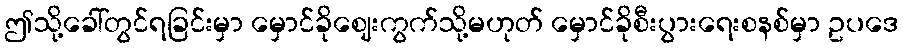
ဤသို့ခေါ်တွင်ရခြင်းမှာ မှောင်ခိုဈေးကွက်သို့မဟုတ် မှောင်ခိုစီးပွားရေးစနစ်မှာ ဥပဒေ